Scottish Leaving Certificate Examination, 1954
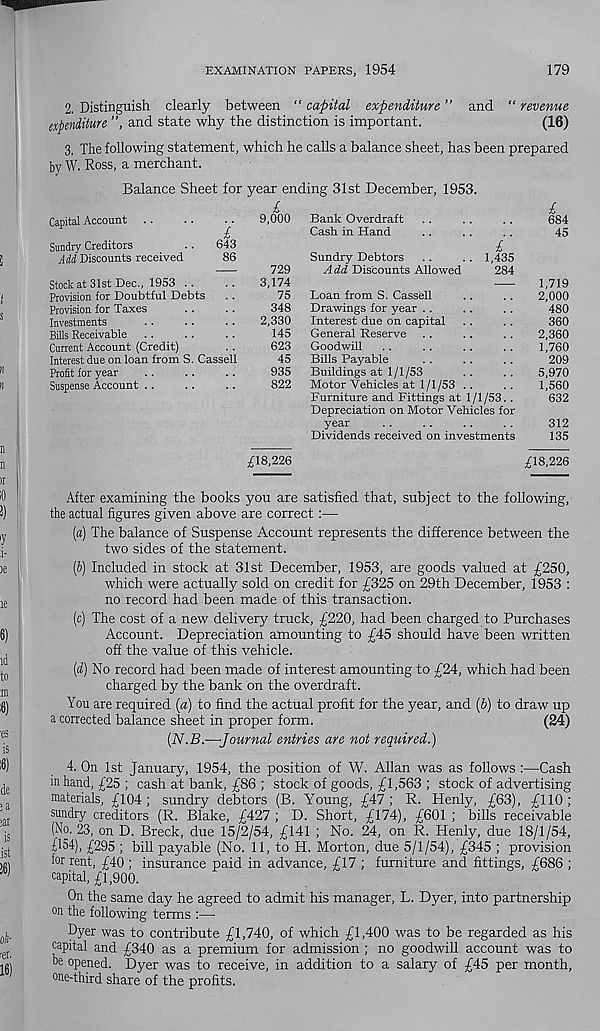
EXAMINATION PAPERS, 1954
179
2. Distinguish clearly between “ capital expenditure ” and “ revenue
expenditure ”, and state why the distinction is important.
(16)
3. The following statement, which he calls a balance sheet, has been prepared
by W. Ross, a merchant.
Balance Sheet for year ending 31st December, 1953.
Capital Account
9,000
Sundry Creditors
.. 643
Mi, Discounts received
86
729
Stock at 31st Dec., 1953 ..
..
3,174
Provision for Doubtful Debts . .
75
Provision for Taxes
. .
..
348
Investments
. .
. .
. .
2,330
Bills Receivable ..
..
. .
145
Current Account (Credit)
. .
623
Interest due on loan from S. Cassell
45
Profit for year
..
..
..
935
Suspense Account ..
..
. .
822
£18,226
Bank Overdraft . .
..
..
684
Cash in Hand
..
..
..
45
£
Sundry Debtors ..
. . 1,435
A dd Discounts Allowed
284
1,719
Loan from S. Cassell
..
. .
2,000
Drawings for year ..
..
..
480
Interest due on capital . .
..
360
General Reserve . .
. .
..
2,360
Goodwill ..
..
..
..
1,760
Bills Payable
..
..
. .
209
Buildings at 1/1/53
. .
. .
5,970
Motor Vehicles at 1/1/53 ..
..
1,560
Furniture and Fittings at 1/1/53. .
632
Depreciation on Motor Vehicles for
year
..
..
..
..
312
Dividends received on investments
135
£18,226
After examining the books you are satisfied that, subject to the following,
the actual figures given above are correct:—
(а) The balance of Suspense Account represents the difference between the
two sides of the statement.
(б) Included in stock at 31st December, 1953, are goods valued at £250,
which were actually sold on credit for £325 on 29th December, 1953 :
no record had been made of this transaction.
(c) The cost of a new delivery truck, £220, had been charged to Purchases
Account. Depreciation amounting to £45 should have been written
off the value of this vehicle.
[d) No record had been made of interest amounting to £24, which had been
charged by the bank on the overdraft.
You are required {a) to find the actual profit for the year, and (6) to draw up
a corrected balance sheet in proper form.
(24)
[N.B.—Journal entries are not required.)
4. On 1st January, 1954, the position of W. Allan was as follows :—Cash
in hand, £25 ; cash at bank, £86 ; stock of goods, £1,563 ; stock of advertising
materials, £104; sundry debtors (B. Young, £47; R. Henly, £63), £110;
sundry creditors (R. Blake, £427 ; D. Short, £174), £601 ; bills receivable
(No. 23, on D. Breck, due 15/2/54, £141 ; No. 24, on R. Henly, due 18/1/54,
£154), £295 ; bill payable (No. 11, to H. Morton, due 5/1/54), £345 ; provision
for rent, £40 ; insurance paid in advance, £17 ; furniture and fittings, £686 ;
capital, £1,900.
On the same day he agreed to admit his manager, L. Dyer, into partnership
on the following terms :—•
Dyer was to contribute £1,740, of which £1,400 was to be regarded as his
capital and £340 as a premium for admission ; no goodwill account was to
be opened. Dyer was to receive, in addition to a salary of £45 per month,
one-third share of the profits.